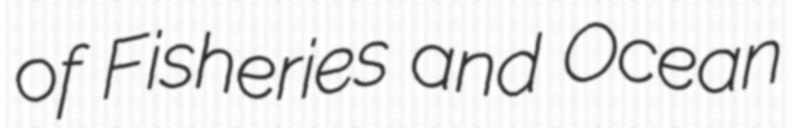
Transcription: of Fisheries and Ocean